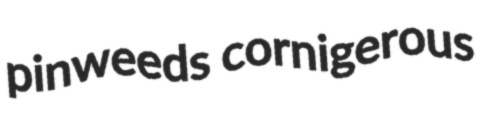
pinweeds cornigerous